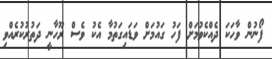
ފޯނުން ވާހަކަ ދެއްކެވުމަށް ފަހު ގައުމަށް ވަޑައިގަތުމާ އެކު ވެސް ރޫހާނީ ދަތުރުކުރެއްވި